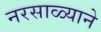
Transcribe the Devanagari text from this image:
नरसाळ्याने